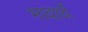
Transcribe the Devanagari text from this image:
भावार्थे